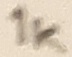
Text: 1K